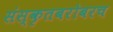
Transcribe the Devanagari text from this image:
संस्कृतबरोबरच